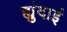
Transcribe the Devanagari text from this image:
ह्युंदाई